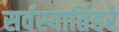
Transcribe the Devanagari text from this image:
सर्वस्यार्तिहरे